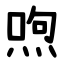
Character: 喣